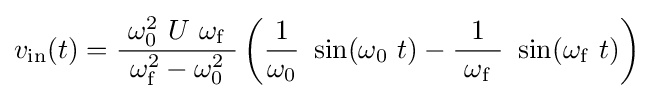
v_{\mathrm {in} }(t)={\frac {\ \omega _{0}^{2}\ U\ \omega _{\mathrm {f} }\ }{\omega _{\mathrm {f} }^{2}-\omega _{0}^{2}}}\left({\frac {1}{\omega _{0}}}\ \sin(\omega _{0}\ t)-{\frac {1}{\ \omega _{\mathrm {f} }\ }}\ \sin(\omega _{\mathrm {f} }\ t)\right)\;